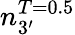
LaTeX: n_{3^{\prime}}^{T=0.5}